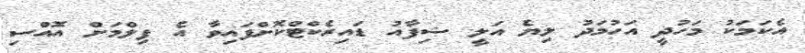
އެކަމަކު މަހުދީ އަހުމަދު ލިޔެ އަލީ ޝިފާއު ޑައިރެކްޓްކޮށްފައިވާ އެ ފިލްމަށް އޮއްސި